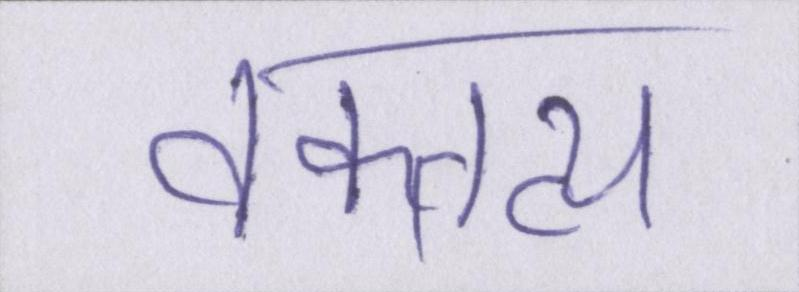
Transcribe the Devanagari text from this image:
वक्तव्य